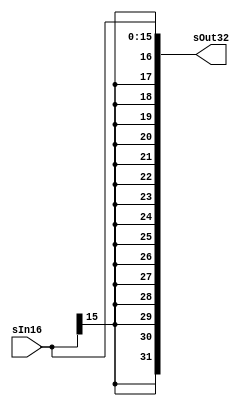
`timescale 1 ps / 100 fs
module sign_extend(sOut32,sIn16);
output [31:0] sOut32;
input [15:0] sIn16;
assign sOut32 = {{16{sIn16[15]}},sIn16};
endmodule
// Shift left 2 module 
module shift_left_2(Out32, In32);
output [31:0] Out32;
input [31:0] In32;

assign Out32 = {In32[29:0],2'b00};
endmodule